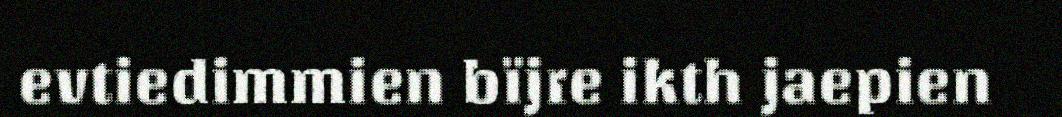
evtiedimmien bïjre ikth jaepien